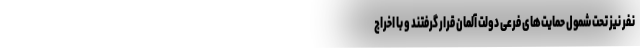
نفر نیز تحت شمول حمایت‌های فرعی دولت آلمان قرار گرفتند و با اخراج